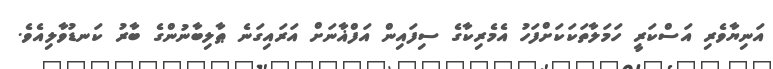
އަނިޔާވެރި އަސްކަރީ ހަމަލާތަކަކަށްފަހު އެމެރިކާގެ ސިފައިން އަފްޣާނަށް އަރައިގަނެ ޠާލިބާނުންގެ ބާރު ކަނޑުވާލިއެވެ.